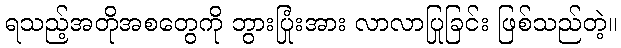
ရသည့်အတိုအစတွေကို ဘွားပြုံးအား လာလာပြုခြင်း ဖြစ်သည်တဲ့။